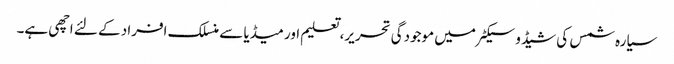
سیارہ شمس کی شیڈو سیکٹر میں موجودگی تحریر، تعلیم اور میڈیا سے منسلک افراد کے لئے اچھی ہے۔